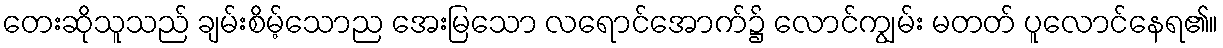
တေးဆိုသူသည် ချမ်းစိမ့်သောည အေးမြသော လရောင်အောက်၌ လောင်ကျွမ်း မတတ် ပူလောင်နေရ၏။